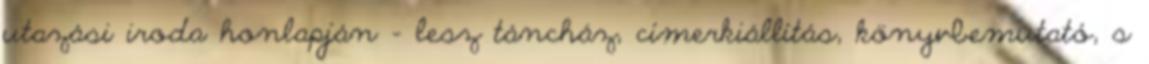
utazási iroda honlapján – lesz táncház, címerkiállítás, könyvbemutató, s